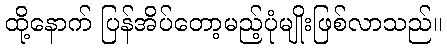
ထို့နောက် ပြန်အိပ်တော့မည့်ပုံမျိုးဖြစ်လာသည်။